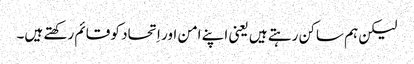
‏ لیکن ہم ساکن رہتے ہیں یعنی اپنے امن اور اِتحاد کو قائم رکھتے ہیں۔